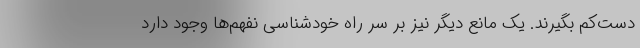
دست‌کم بگیرند. یک مانع دیگر نیز بر سر راه خودشناسی نفهم‌ها وجود دارد